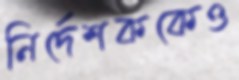
নির্দেশককেও